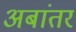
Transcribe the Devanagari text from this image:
अबांतर